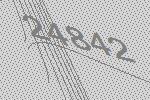
24842